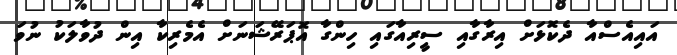
އައިއެސްއާ ދެކޮޅަށް އިރާގާއި ސީރިއާގައި ހިންގާ އޮޕަރޭޝަނަށް އެމެރިކާ އިން ދުވާލަކު ނުވަ